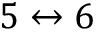
5 \leftrightarrow 6